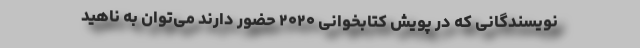
نویسندگانی که در پویش کتابخوانی ۲۰۲۰ حضور دارند می‌توان به ناهید